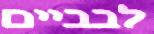
לבביים